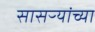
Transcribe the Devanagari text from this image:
सासऱ्यांच्या